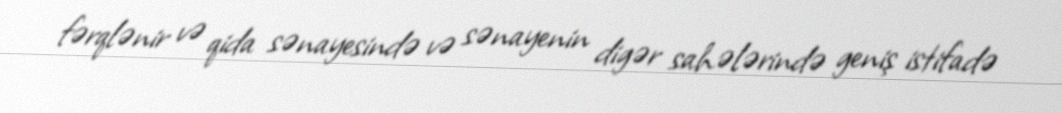
fərqlənir və qida sənayesində və sənayenin digər sahələrində geniş istifadə